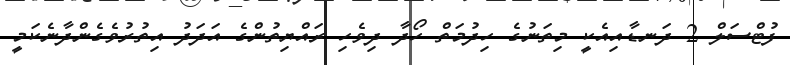
ފުޓްސަލް 2 ދަނޑާއިއެކީ މިތަނުގެ ހިދުމަތް ހޯދާ ދިވެހި ރައްޔިތުންގެ އަދަދު އިތުރުވެގެންދާނެކަމީ